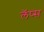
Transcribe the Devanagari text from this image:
लॅप्स